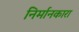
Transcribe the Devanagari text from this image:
निर्मानकारा